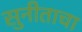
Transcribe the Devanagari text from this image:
सुनीताचा